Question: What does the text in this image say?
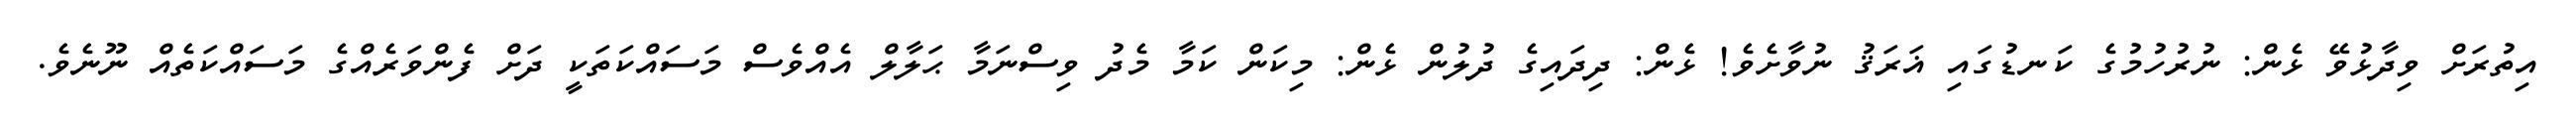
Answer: އިތުރަށް ވިދާޅުވޭ ޅެން: ނުރުހުމުގެ ކަނޑުގައި ޣަރަޤު ނުވާށެވެ! ޅެން: ދިދައިގެ ދުލުން ޅެން: މިކަން ކަމާ މެދު ވިސްނަމާ ޙަލާލް އެއްވެސް މަސައްކަތަކީ ދަށް ފެންވަރެއްގެ މަސައްކަތެއް ނޫނެވެ.